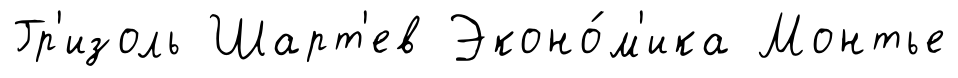
Гр'изоль Шарт'ев Эконо́м'ика Монтье